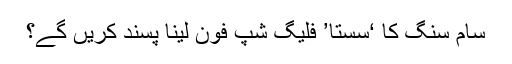
سام سنگ کا ‘سستا’ فلیگ شپ فون لینا پسند کریں گے؟